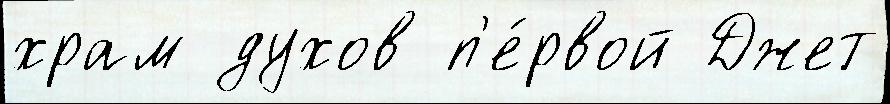
храм духов п'е́рвой Джет